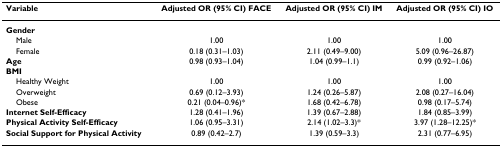
<table><thead><tr><td><b>Variable</b></td><td><b>Adjusted OR (95% CI) FACE</b></td><td><b>Adjusted OR (95% CI) IM</b></td><td><b>Adjusted OR (95% CI) IO</b></td></tr></thead><tbody><tr><td><b>Gender</b></td><td></td><td></td><td></td></tr><tr><td> Male</td><td>1.00</td><td>1.00</td><td>1.00</td></tr><tr><td> Female</td><td>0.18 (0.31–1.03)</td><td>2.11 (0.49–9.00)</td><td>5.09 (0.96–26.87)</td></tr><tr><td><b>Age</b></td><td>0.98 (0.93–1.04)</td><td>1.04 (0.99–1.1)</td><td>0.99 (0.92–1.06)</td></tr><tr><td><b>BMI</b></td><td></td><td></td><td></td></tr><tr><td> Healthy Weight</td><td>1.00</td><td>1.00</td><td>1.00</td></tr><tr><td> Overweight</td><td>0.69 (0.12–3.93)</td><td>1.24 (0.26–5.87)</td><td>2.08 (0.27–16.04)</td></tr><tr><td> Obese</td><td>0.21 (0.04–0.96)*</td><td>1.68 (0.42–6.78)</td><td>0.98 (0.17–5.74)</td></tr><tr><td><b>Internet Self-Efficacy</b></td><td>1.28 (0.41–1.96)</td><td>1.39 (0.67–2.88)</td><td>1.84 (0.85–3.99)</td></tr><tr><td><b>Physical Activity Self-Efficacy</b></td><td>1.06 (0.95–3.31)</td><td>2.14 (1.02–3.3)*</td><td>3.97 (1.28–12.25)*</td></tr><tr><td><b>Social Support for Physical Activity</b></td><td>0.89 (0.42–2.7)</td><td>1.39 (0.59–3.3)</td><td>2.31 (0.77–6.95)</td></tr></tbody></table>